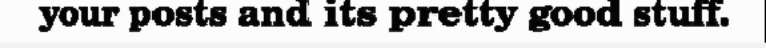
your posts and its pretty good stuff.